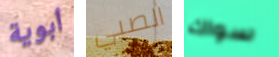
أبوية الصبي سواك